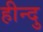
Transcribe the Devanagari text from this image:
हीन्दु